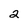
Character: 2